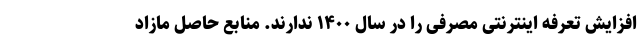
افزایش تعرفه اینترنتی مصرفی را در سال ۱۴۰۰ ندارند. منابع حاصل مازاد